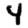
Digit: 4